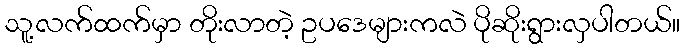
သူ့လက်ထက်မှာ တိုးလာတဲ့ ဥပဒေများကလဲ ပိုဆိုးရွားလှပါတယ်။